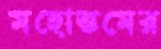
মহোত্তমের